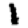
Digit: 1